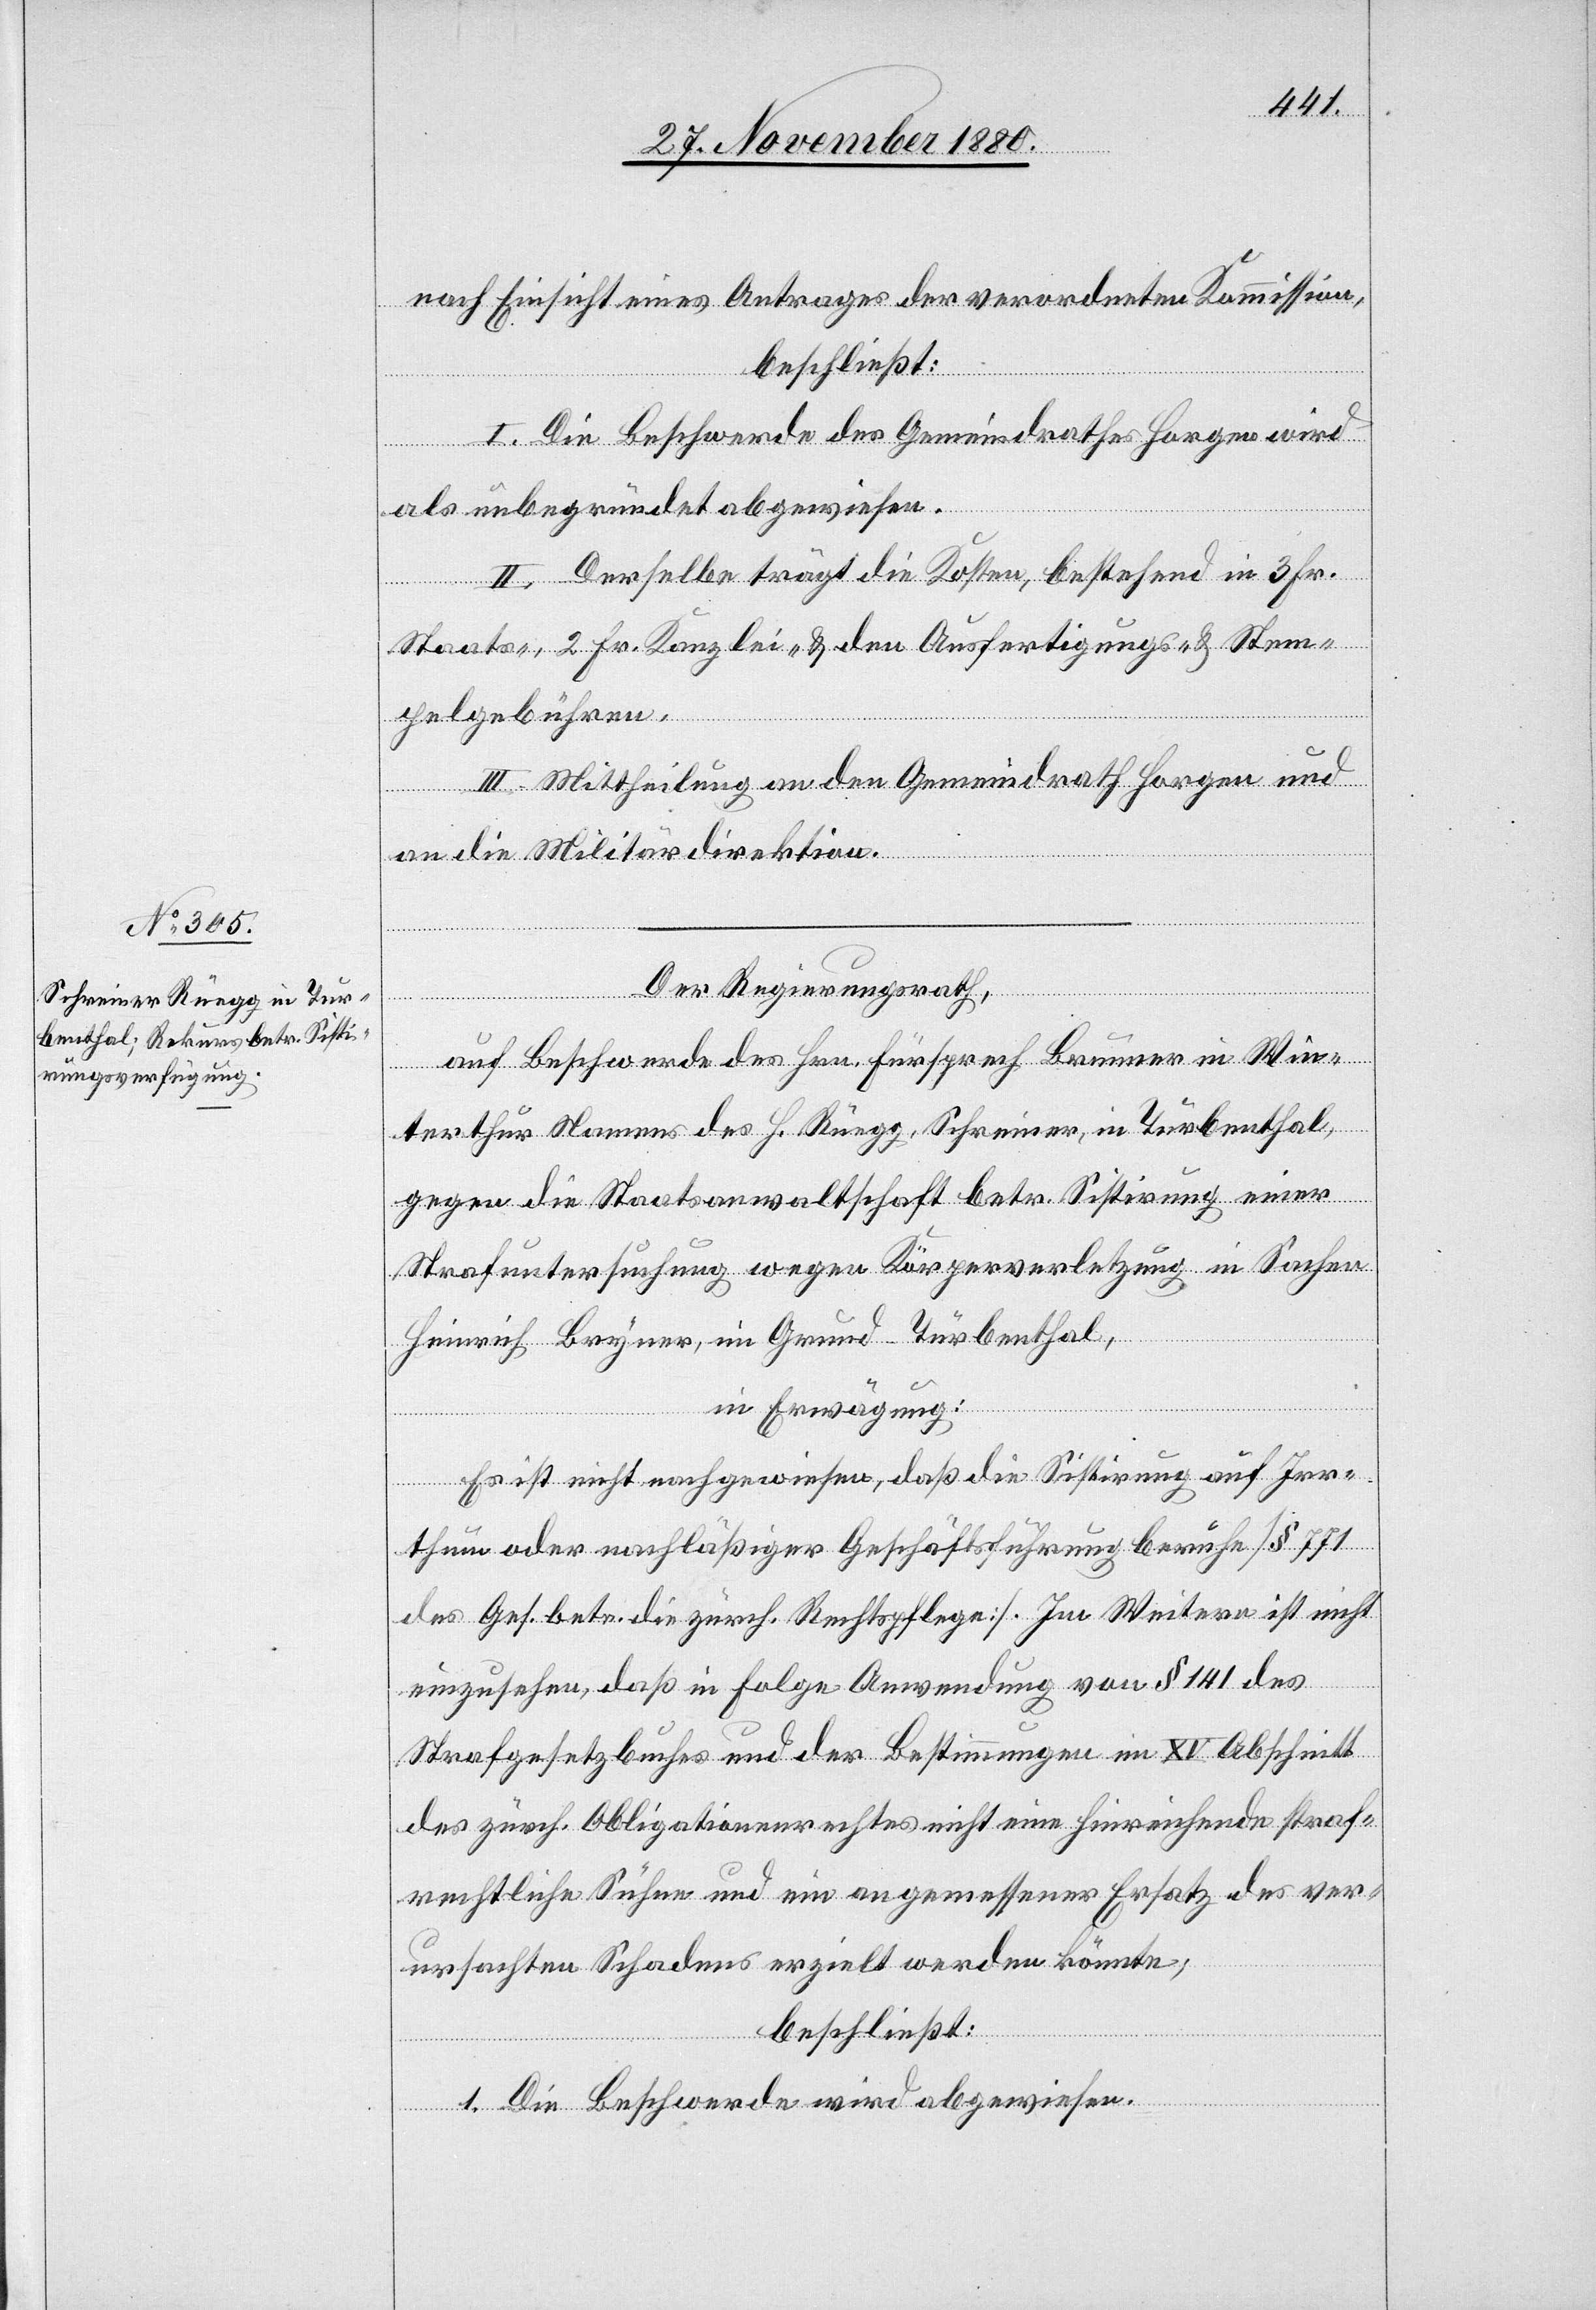
nach Einsicht eines Antrages der verordneten Kommission,
beschließt:
I. Die Beschwerde des Gemeindrathes Horgen wird
als unbegründet abgewiesen.
II. Derselbe trägt die Kosten, bestehend in 3 Fr.
Staats-, 2 Fr. Kanzlei- & den Ausfertigungs- & Stem¬
pelgebühren.
III. Mittheilung an den Gemeindrath Horgen und
an die Militärdirektion.
Der Regierungsrath,
auf Beschwerde des Hrn. Fürsprech Brunner in Win¬
terthur Namens des H. Rüegg, Schreiner, in Turbenthal
gegen die Staatsanwaltschaft betr. Sistirung einer
Strafuntersuchung wegen Körperverletzung in Sachen
Heinrich Bryner, im Grund - Turbenthal,
in Erwägung:
Es ist nicht nachgewiesen, daß die Sistirung auf Irr¬
thum oder nachläßiger Geschäftsführung beruhe [§ 771
des Ges. betr. die zürch. Rechtspflege]. Im Weitern ist nicht
einzusehen, daß in Folge Anwendung von § 141 des
Strafgesetzbuches und der Bestimmungen im XV Abschnitt
des zürch. Obligationenrechtes nicht eine hinreichende straf¬
rechtliche Sühne und ein angemessener Ersatz des ver¬
ursachten Schadens erzielt werden könnte;
beschließt:
1. Die Beschwerde wird abgewiesen.